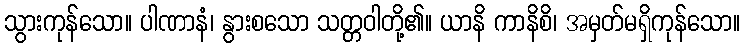
သွားကုန်သော။ ပါဏာနံ၊ နွားစသော သတ္တဝါတို့၏။ ယာနိ ကာနိစိ၊ အမှတ်မရှိကုန်သော။